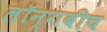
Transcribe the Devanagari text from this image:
लॉन्गबीच